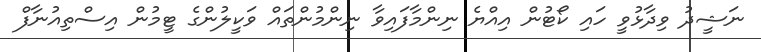
ނަޝީދު ވިދާޅުވީ ހައި ކޯޓުން އިއްޔެ ނިންމާފައިވާ ނިންމުންތައް ވަކީލުންގެ ޓީމުން އިސްތިއުނާފް